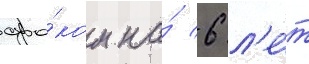
сро́ком на́ 6 л'е́т